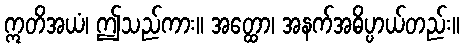
ဣတိအယံ၊ ဤသည်ကား။ အတ္ထော၊ အနက်အဓိပ္ပာယ်တည်း။